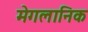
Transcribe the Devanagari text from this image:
मेगलानिक